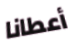
أعطانا